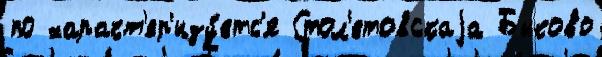
по характ'ер'изу́етс'я Стол'етовскаjа Быково